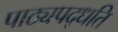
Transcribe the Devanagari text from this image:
पाठ्यपद्धति